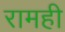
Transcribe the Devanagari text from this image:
रामही